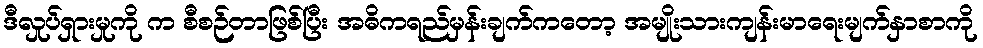
ဒီလှုပ်ရှားမှုကို က စီစဉ်တာဖြစ်ပြီး အဓိကရည်မှန်းချက်ကတော့ အမျိုးသားကျန်းမာရေးမျက်နှာစာကို